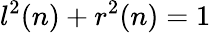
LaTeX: l^{2}(n)+r^{2}(n)=1